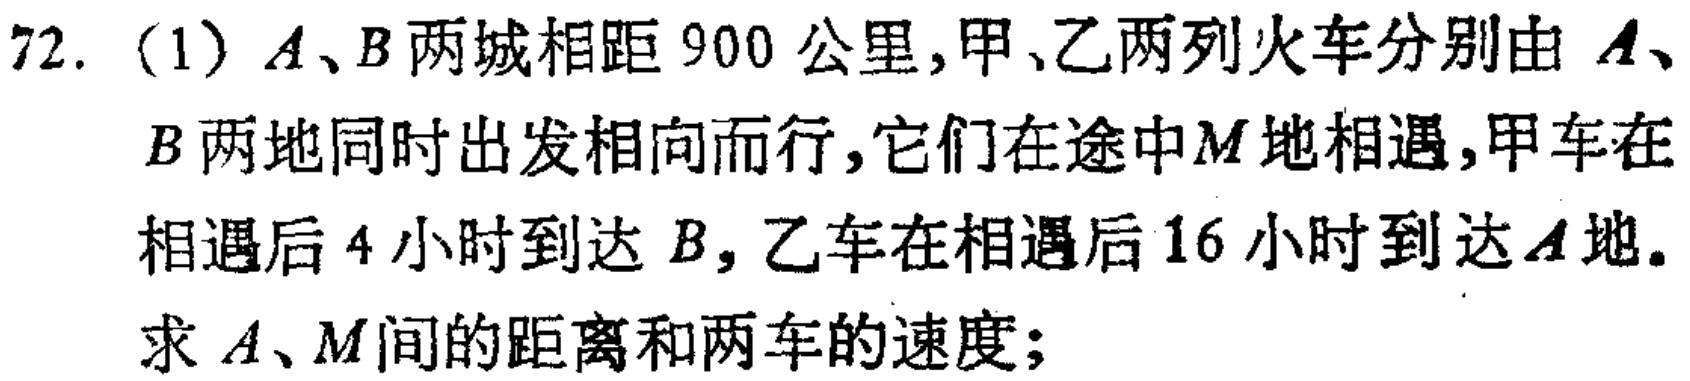
72. (1) \(A\)、\(B\)两城相距\(900\)公里，甲、乙两列火车分别由\(A\)、\(B\)两地同时出发相向而行，它们在途中\(M\)地相遇，甲车在相遇后\(4\)小时到达\(B\)，乙车在相遇后\(16\)小时到达\(A\)地。求\(A\)、\(M\)间的距离和两车的速度；